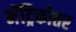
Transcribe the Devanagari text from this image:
मॅट्रिकोत्तर